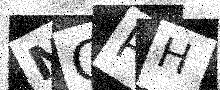
Text: NCPH